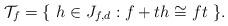
LaTeX: \begin{align*}\mathcal{T}_f=\{\ h\in J_{f,d}:f+th\cong ft\ \}.\end{align*}